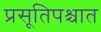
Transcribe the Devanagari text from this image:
प्रसूतिपश्चात